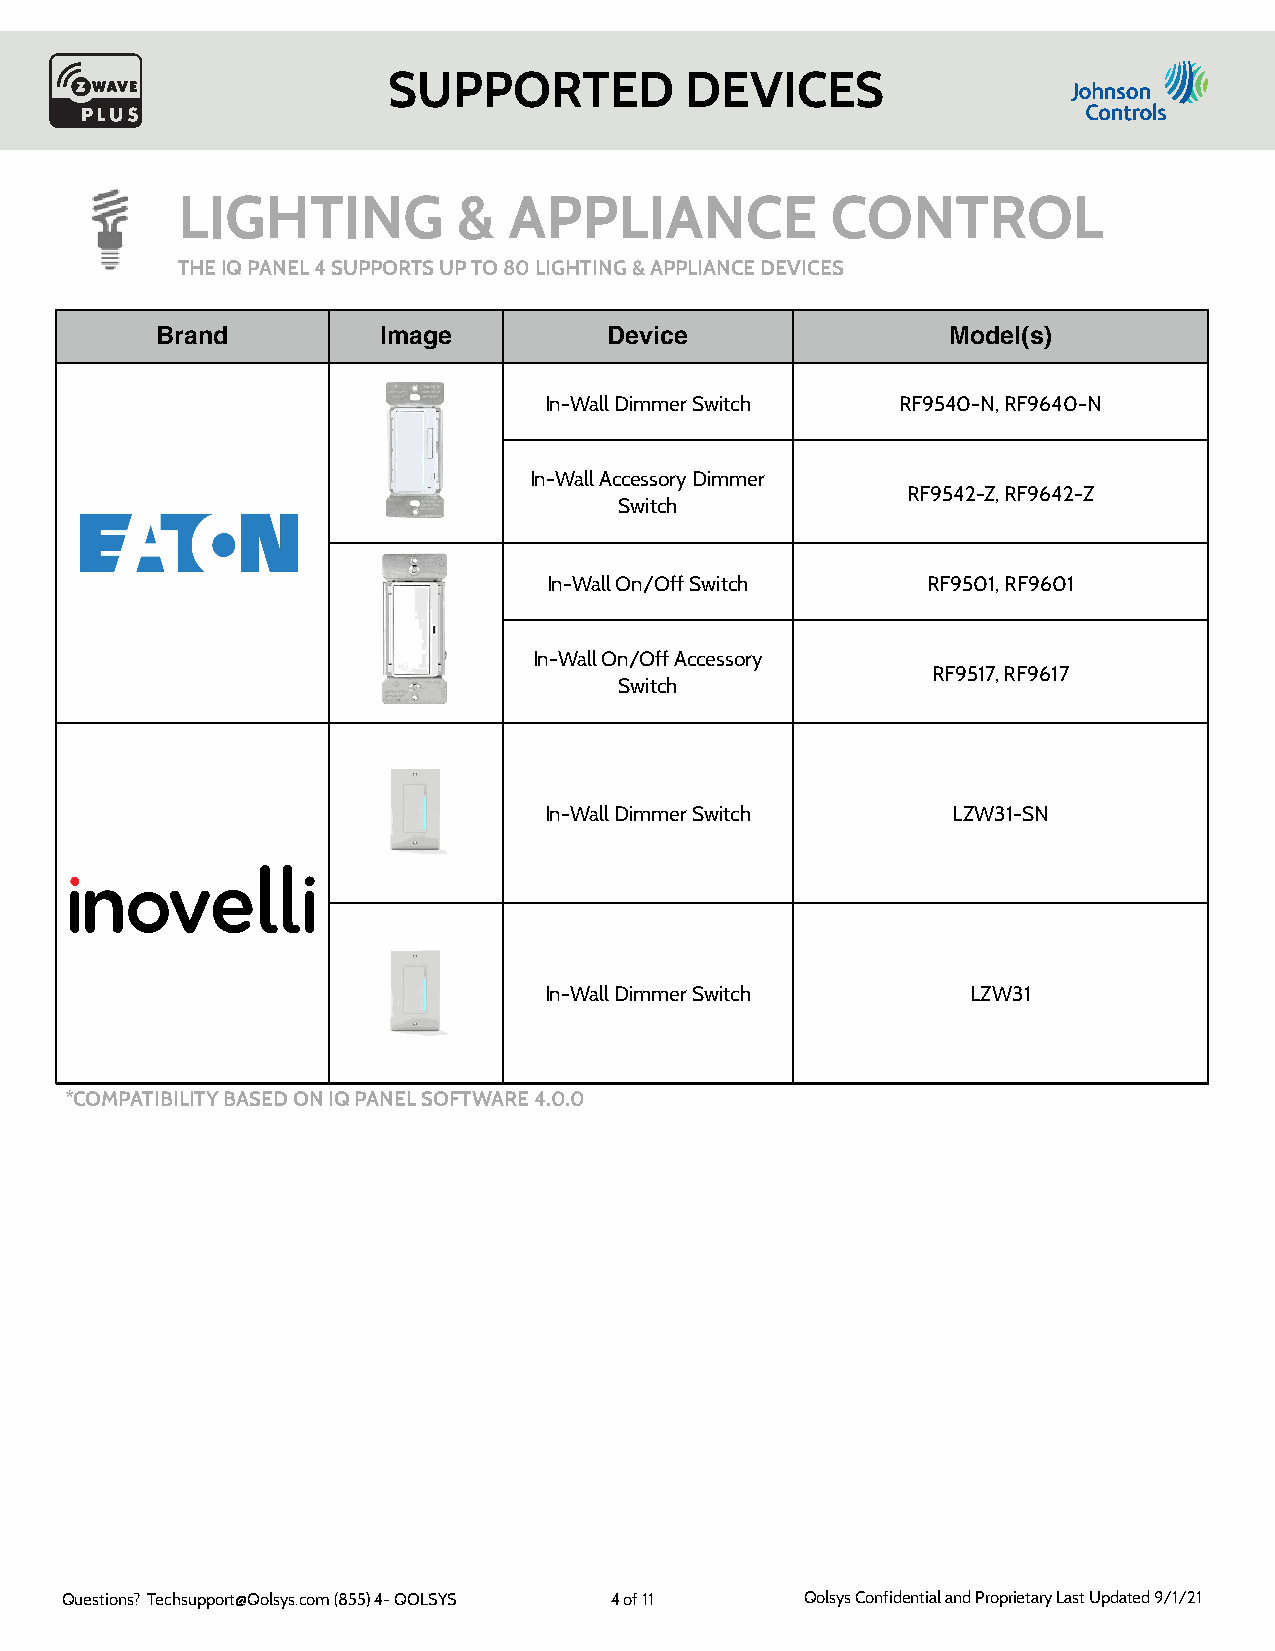
SUPPORTED          DEVICES
 LIGHTING          &   APPLIANCE            CONTROL
 THE IQ PANEL 4 SUPPORTS UP TO 80 LIGHTING & APPLIANCE DEVICES
 Brand          Image          Device                 Model(s)
 In-Wall Dimmer Switch   RF9540-N, RF9640-N
 In-Wall Accessory Dimmer
 RF9542-Z, RF9642-Z
 Switch
 In-Wall On/Off Switch    RF9501, RF9601
 In-Wall On/Off Accessory
 RF9517, RF9617
 Switch
 In-Wall Dimmer Switch      LZW31-SN
 In-Wall Dimmer Switch       LZW31
 *COMPATIBILITY BASED ON IQ PANEL SOFTWARE 4.0.0
 Questions? Techsupport@Qolsys.com (855) 4- QOLSYS 4 of 11 Qolsys Confidential and Proprietary Last Updated 9/1/21